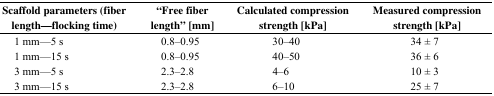
<table><thead><tr><td><b>Scaffold parameters (fiber length—flocking time)</b></td><td><b>“Free fiber length” [mm]</b></td><td><b>Calculated compression strength [kPa]</b></td><td><b>Measured compression strength [kPa]</b></td></tr></thead><tbody><tr><td>1 mm—5 s</td><td> 0.8–0.95</td><td>30–40</td><td>34 ± 7</td></tr><tr><td>1 mm—15 s</td><td> 0.8–0.95</td><td>40–50</td><td>36 ± 6</td></tr><tr><td>3 mm—5 s</td><td> 2.3–2.8</td><td>4–6</td><td>10 ± 3</td></tr><tr><td>3 mm—15 s</td><td> 2.3–2.8</td><td>6–10</td><td>25 ± 7</td></tr></tbody></table>